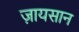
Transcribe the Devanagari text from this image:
ज़ायसान